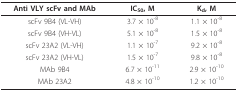
<table><thead><tr><td><b>Anti VLY scFv and MAb</b></td><td><b>IC<sub>50</sub>, M</b></td><td><b>K<sub>d</sub>, M</b></td></tr></thead><tbody><tr><td>scFv 9B4 (VL-VH)</td><td>3.7 × 10<sup>-8</sup></td><td>1.1 × 10<sup>-8</sup></td></tr><tr><td>scFv 9B4 (VH-VL)</td><td>5.1 × 10<sup>-8</sup></td><td>1.5 × 10<sup>-8</sup></td></tr><tr><td>scFv 23A2 (VL-VH)</td><td>1.1 × 10<sup>-7</sup></td><td>9.2 × 10<sup>-8</sup></td></tr><tr><td>scFv 23A2 (VH-VL)</td><td>1.5 × 10<sup>-7</sup></td><td>9.8 × 10<sup>-8</sup></td></tr><tr><td>MAb 9B4</td><td>6.7 × 10<sup>-11</sup></td><td>2.9 × 10<sup>-10</sup></td></tr><tr><td>MAb 23A2</td><td>4.8 × 10<sup>-10</sup></td><td>1.2 × 10<sup>-10</sup></td></tr></tbody></table>